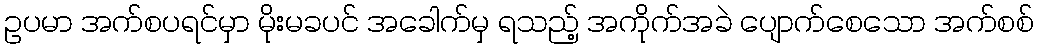
ဥပမာ အက်စပရင်မှာ မိုးမခပင် အခေါက်မှ ရသည့် အကိုက်အခဲ ပျောက်စေသော အက်စစ်